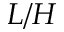
L / H